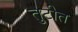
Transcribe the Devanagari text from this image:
तुटीत